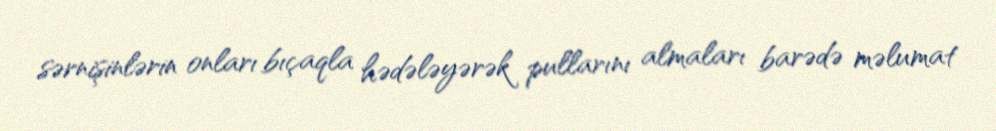
sərnişinlərin onları bıçaqla hədələyərək pullarını almaları barədə məlumat